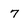
Character: 7